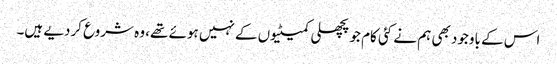
اس کے باوجود بھی ہم نے کئی کام جو پچھلی کمیٹیوں کے نہیں ہوئے تھے، وہ شروع کردیے ہیں۔